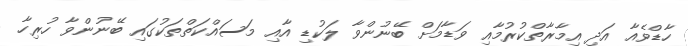
ހާޑްވެއާ އަދި އިމާރާތްކުރުމާއި ވަޑާމަށް ބޭނުންވާ ލަކުޑި އާއި މަސައްކަތްތަކުގައި ބޭނުންވާ ހުރިހާ